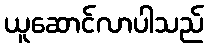
ယူဆောင်လာပါသည်